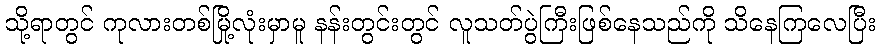
သို့ရာတွင် ကုလားတစ်မြို့လုံးမှာမူ နန်းတွင်းတွင် လူသတ်ပွဲကြီးဖြစ်နေသည်ကို သိနေကြလေပြီး